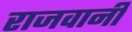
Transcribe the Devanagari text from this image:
राजवानी